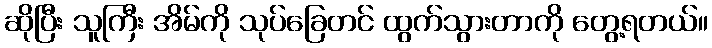
ဆိုပြီး သူကြီး အိမ်ကို သုပ်ခြေတင် ထွက်သွားတာကို တွေ့ရတယ်။